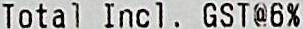
TOTAL INCL . GST@6%